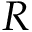
R